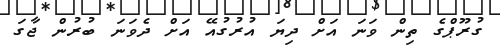
ގުރޫޕްގެ ތިން ވަނަ އަށް ދިޔަ އުރުގުއޭ އަށް ދެވަނަ ބުރުން ޖާގަ